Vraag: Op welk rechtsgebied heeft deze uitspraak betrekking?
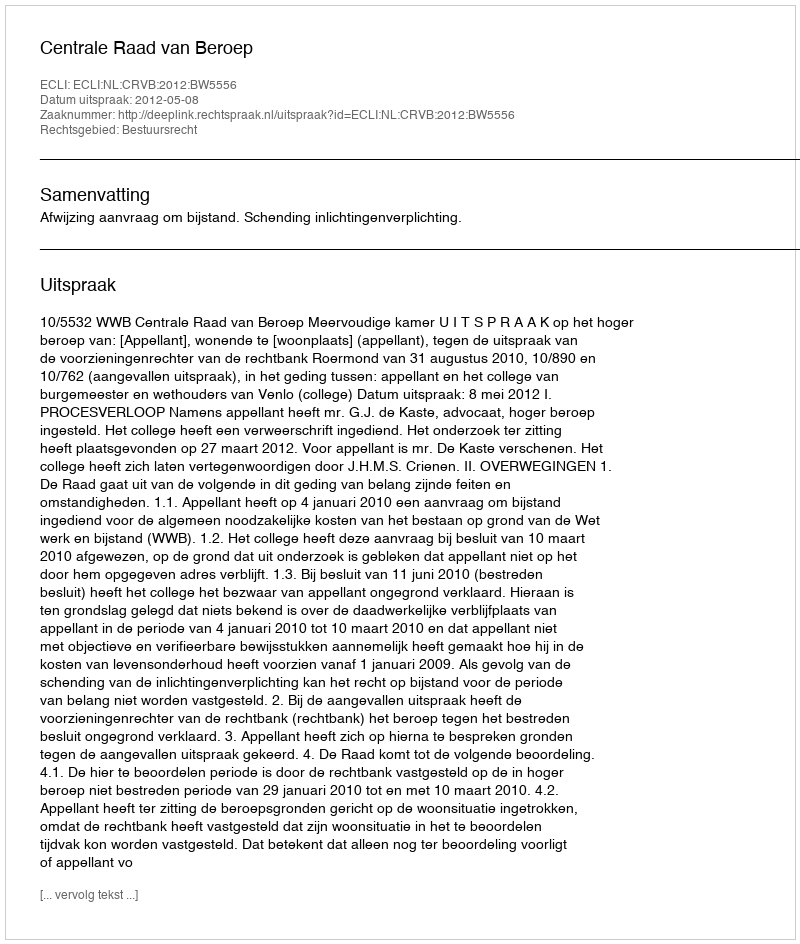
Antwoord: Bestuursrecht